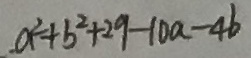
a ^ { 2 } + b ^ { 2 } + 2 9 - 1 0 a - 4 b